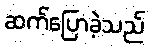
ဆက်ပြောခဲ့သည်